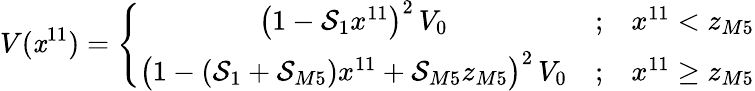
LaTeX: V(\mathit{x}^{11})=\left\{ \begin{array}{ccc}{{\left(1-{\cal S}_{1}x^{11}\right)^{2}\, V_{0}}}&{{;}}&{{x^{11}<z_{M5}}}\\ {{\big(1-({\cal S}_{1}+{\cal S}_{M5})x^{11}+{\cal S}_{M5}z_{M5}\big)^{2}\, V_{0}}}&{{;}}&{{x^{11}\ge z_{M5}}}\end{array}\right.